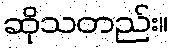
ဆိုသတည်း။